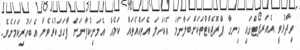
ވިދާޅުވީ އެއަރޕޯޓްގައި ހިނގާ ޕްރޮޖެކްޓްތަކަށްބަލާނަމަ އެކަހަލަ އެތައްއެތައް ކަމެއް އެމަނިކުފާނަށް ފާހަގަކުރެވެން އެބަހުރިކަމަށެވެ.